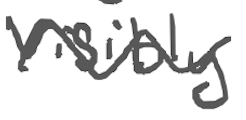
Text: visibly
Cross-out: wave
Writing tool: digital_gray